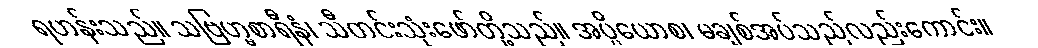
ရဟန်းသည်။ သဗြဟ္မစာရီနံ၊ သီတင်းသုံးဖော်တို့သည်။ အပ္ပိယောစ၊ မချစ်အပ်သည်လည်းကောင်း။